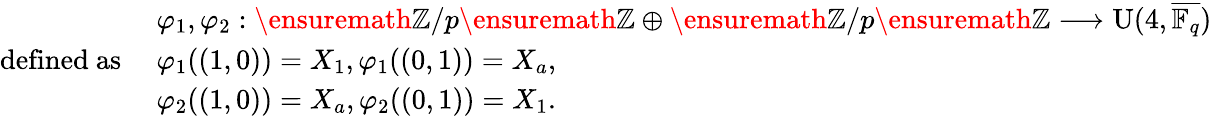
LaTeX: \begin{array}{rl}&{\varphi_{1},\varphi_{2}:\ensuremath{\mathbb{Z}}/p\ensuremath{\mathbb{Z}}\oplus\ensuremath{\mathbb{Z}}/p\ensuremath{\mathbb{Z}}\longrightarrow\textup{U}(4,\overline{{\mathbb{F}_{q}}})}\\ {\mathrm{defined~as~}}&{\varphi_{1}((1,0))=X_{1},\varphi_{1}((0,1))=X_{a},}\\ &{\varphi_{2}((1,0))=X_{a},\varphi_{2}((0,1))=X_{1}.}\end{array}